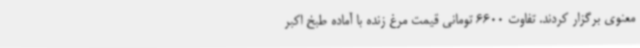
معنوی برگزار کردند. تفاوت 6600 تومانی قیمت مرغ زنده با آماده طبخ اکبر